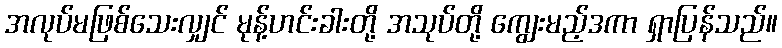
အလုပ်မဖြစ်သေးလျှင် မုန့်ဟင်းခါးတို့ အသုပ်တို့ ကျွေးမည့်ဒကာ ရှာပြန်သည်။